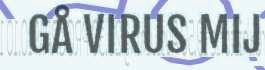
GÅ VIRUS MIJ